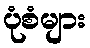
ပုံစံများ